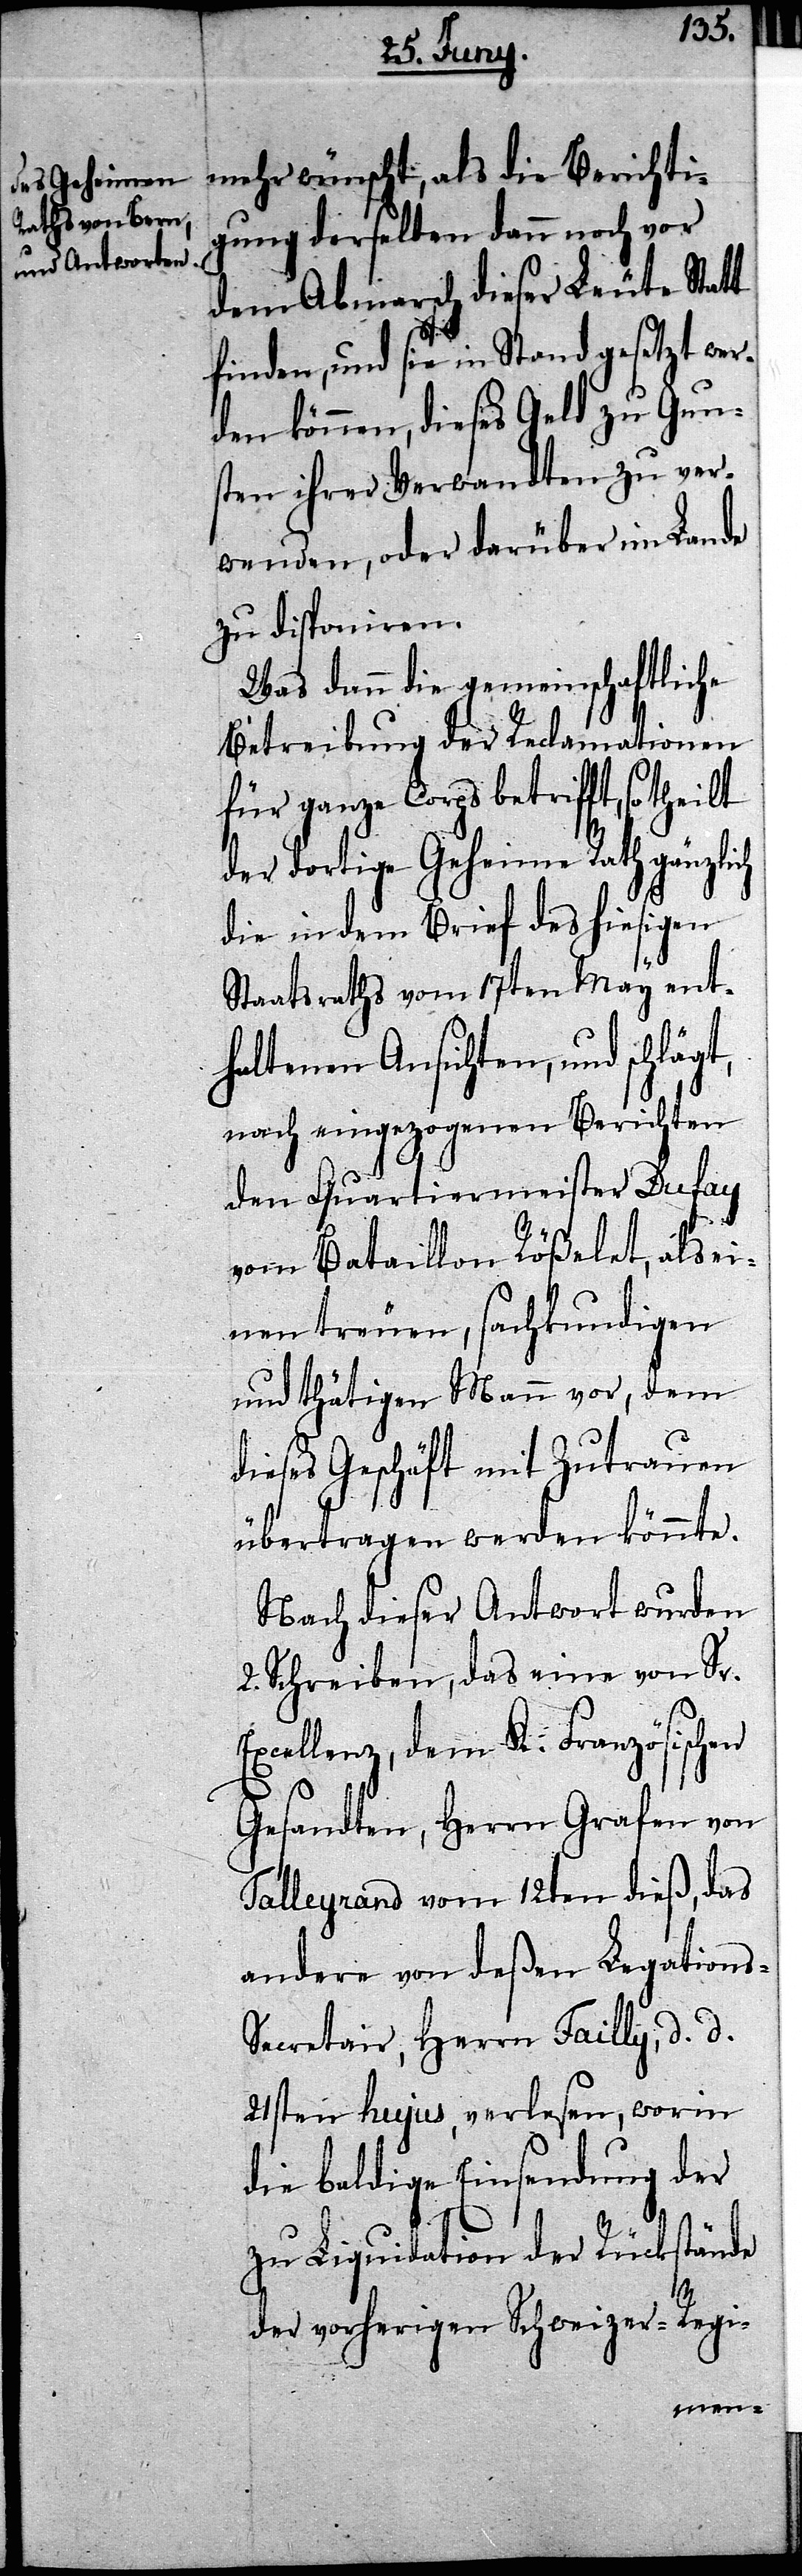
mehr wünscht, als die Berichti¬
gung derselben dann noch vor
dem Abmarsch dieser Leute Statt
finden, und sie in Stand gesetzt wer¬
den können, dieses Geld zu Gun¬
sten ihrer Verwandten zu ver¬
wenden, oder darüber im Lande
zu disponiren.
Was dann die gemeinschaftliche
Betreibung der Reclamationen
für ganze Corps betrifft,
der dortige Geheime Rath gänzlich
die in dem Brief des hiesigen
Staatsraths vom 17ten May ent¬
haltenen Ansichten, und schlägt,
nach eingezogenen Berichten
den Quartiermeister Dufay
vom Bataillon Rößelet, als ei¬
nen treuen, sachkundigen
und thätigen Mann vor, dem
dieses Geschäft mit Zutrauen
übertragen werden könnte.
Nach dieser Antwort wurden
2. Schreiben, das eine von Sr.
Excellenz, dem K. Französischen
Gesandten, Herrn Grafen von
Talleyrand vom 12ten dieß, das
andere von deßen Legations-S¬
ecretair, Herrn Failly, d. d.
21sten hujus, verlesen, worin
die baldige Einsendung der
zu Liquidation der Rückstände
der vorherigen Schweizer-Regi-